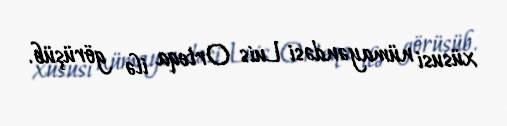
xüsusi nümayəndəsi Luis Orteqa ilə görüşüb.